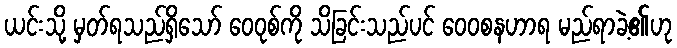
ယင်းသို့ မှတ်ရသည်ရှိသော် ဝေဝုစ်ကို သိခြင်းသည်ပင် ဝေဝစနဟာရ မည်ရာခဲ့၏ဟု